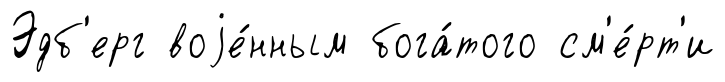
Эдб'ерг воjе́нным бога́того см'е́рт'и